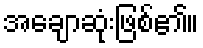
အချောဆုံးဖြစ်၏။